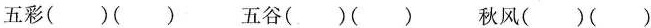
五彩( )( ) 五谷( )( ) 秋风( )( )